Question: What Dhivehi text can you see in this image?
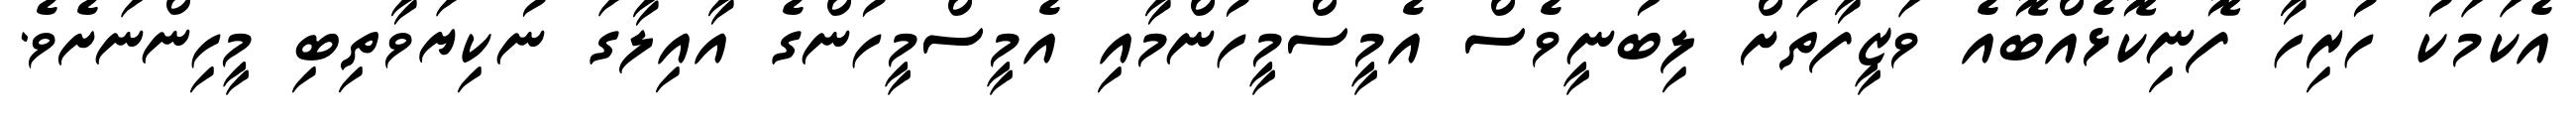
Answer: އެކަމަކު ހުރިހާ ފޮނިކޮޅެއްބޮއެ ވަޒީފާތަށް ލިބުނީވެސް އެމީސްމީހުންމާއި އެމީސްމީހުންގެ އާއިލާގަ ނުކިޔަވާތިބި މީހިންނަށެވެ.